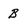
Character: B